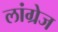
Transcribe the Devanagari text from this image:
लांग्रेज